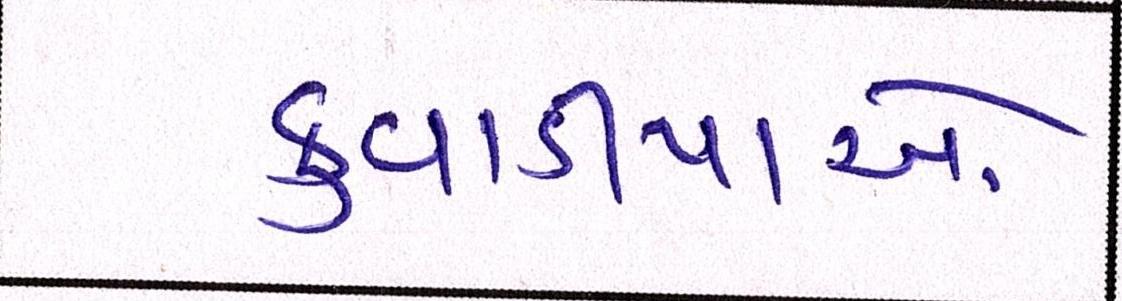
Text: કુવાડીયાઓ